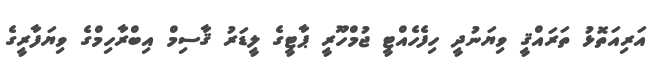
އަރިއަތޮޅު ތަރައްޤީ ވިޔަނުދީ ހިފެހެއްޓީ ޖުމްހޫރީ ޕާޓީގެ ލީޑަރު ޤާސިމް އިބްރާހިމްގެ ވިޔަފާރީގެ